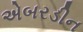
એબરડીન